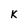
Character: k